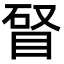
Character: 䀾